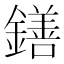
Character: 鐥